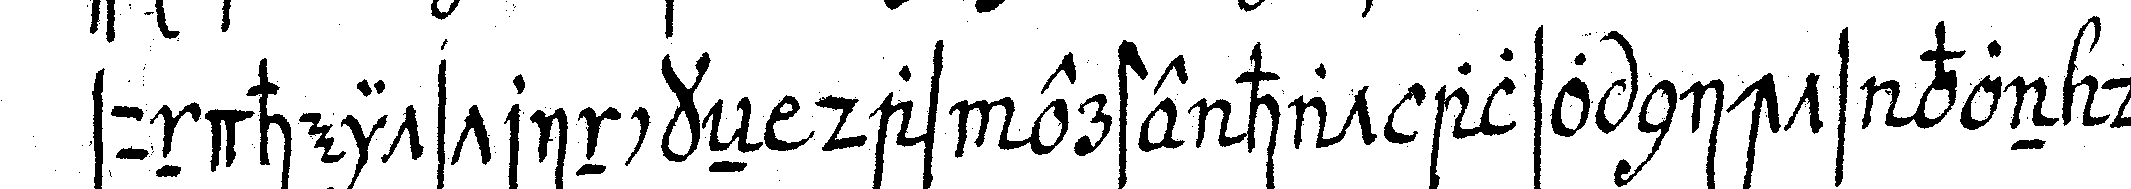
sundheitstrinckeN das erste hat also nichts von der